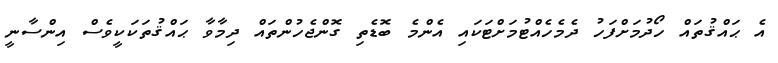
އެ ޙައްޤުތައް ހޯދުމަށްފަހު ދެމެހެއްޓުމަށްޓަކައި އެންމެ ބޮޑެތި ގޮންޖެހުންތައް ދިމާވާ ޙައްޤުތަކަކީވެސް އިންސާނީ